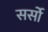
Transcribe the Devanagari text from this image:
सर्सो